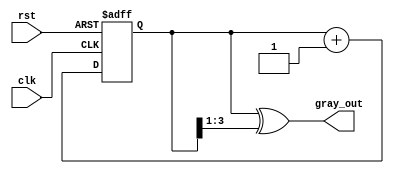
module gray_code_counter (
    input wire clk,           // Clock signal
    input wire rst,           // Asynchronous reset
    output reg [N-1:0] gray_out // Gray code output
);
    parameter N = 4;  // Number of bits for the counter

    // Internal binary counter
    reg [N-1:0] bin_count;

    // Always block for counting mechanism
    always @(posedge clk or posedge rst) begin
        if (rst) begin
            bin_count <= 0; // Reset binary counter to 0
        end else begin
            bin_count <= bin_count + 1; // Increment binary counter
        end
    end

    // Always block for Gray code conversion
    always @(bin_count) begin
        gray_out <= bin_count ^ (bin_count >> 1); // Convert to Gray code
    end

endmodule